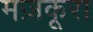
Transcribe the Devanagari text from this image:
मज़कूरा